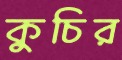
কুচির